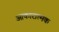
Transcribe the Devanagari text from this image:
आकारात्मक